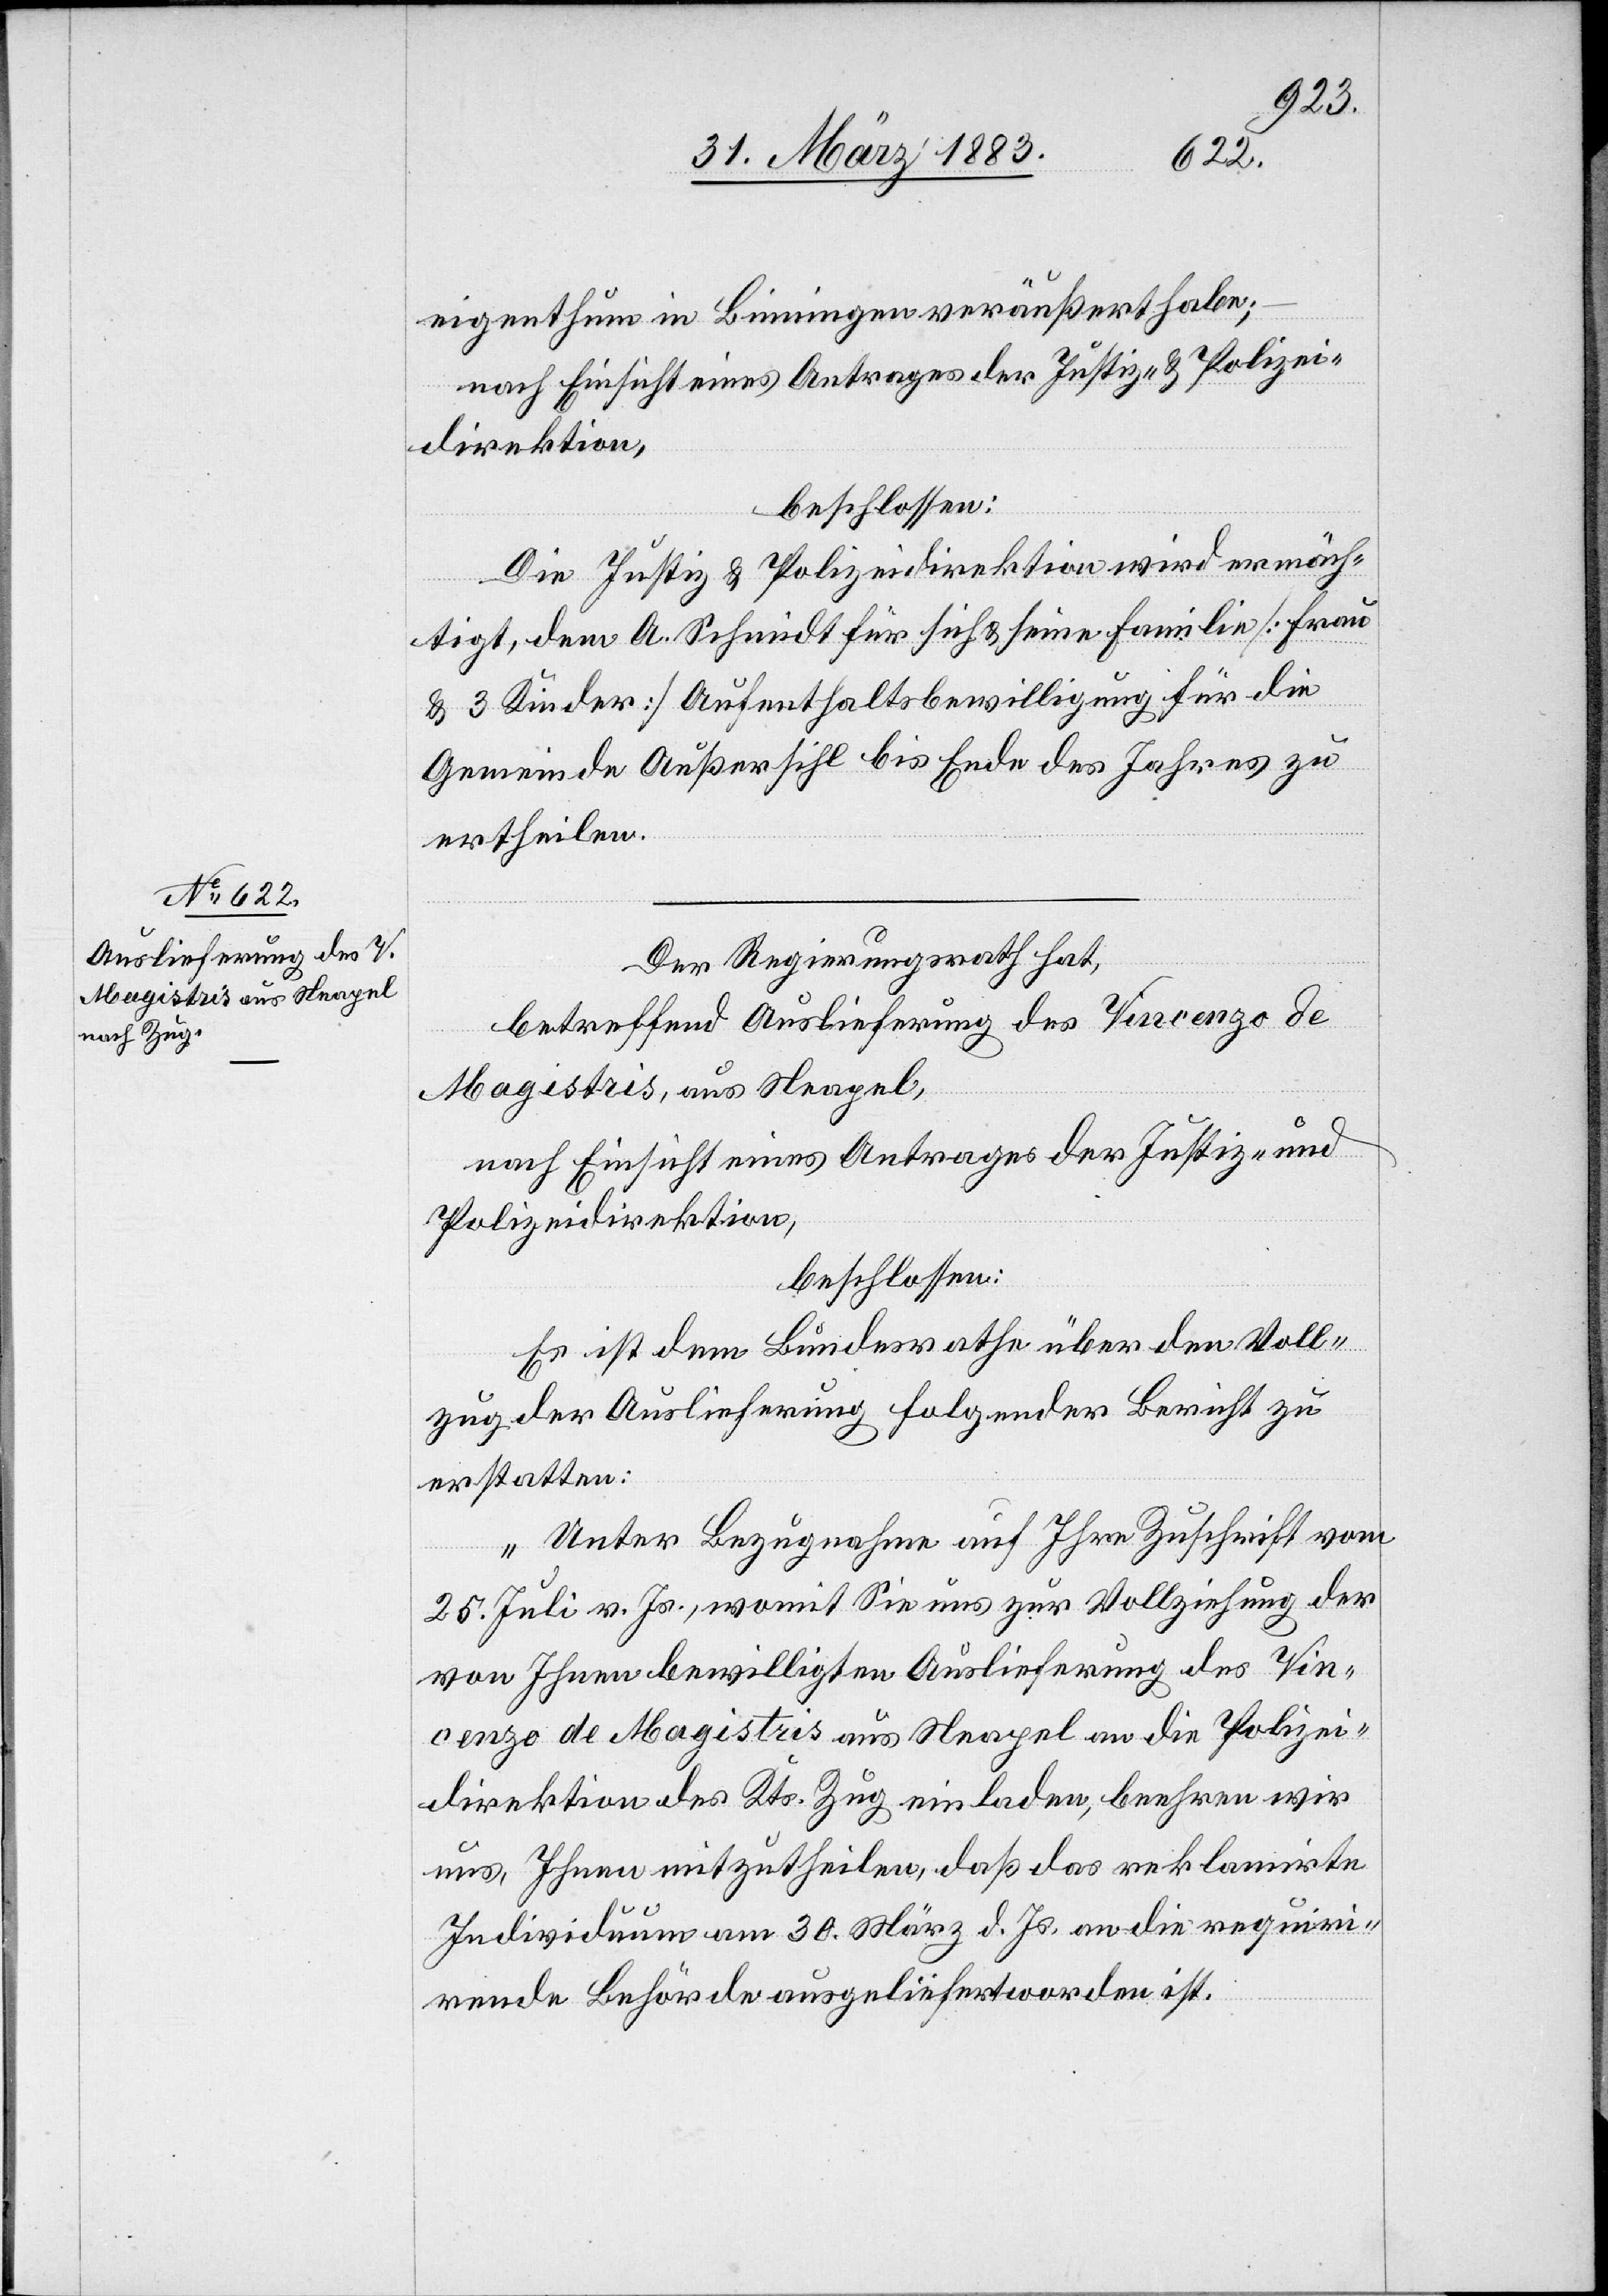
eigenthum in Binningen veräußert habe;
nach Einsicht eines Antrages der Justiz- & Polizei¬
direktion,
beschlossen:
Die Justiz- & Polizeidirektion wird ermäch¬
tigt, dem A. Schmidt für sich & seine Familie [Frau
& 3 Kinder] Aufenthaltsbewilligung für die
Gemeinde Außersihl bis Ende des Jahres zu
ertheilen.
Der Regierungsrath hat,
betreffend Auslieferung des Vincenzo de
Magistris, aus Neapel,
Es ist dem Bundesrathe über den Voll¬
zug der Auslieferung folgender Bericht zu
erstatten:
„Unter Bezugnahme auf Ihre Zuschrift vom
25. Juli v. Js., womit Sie uns zur Vollziehung der
von Ihnen bewilligten Auslieferung des Vin¬
cenzo de Magistris aus Neapel an die Polizei¬
direktion des Kts. Zug einladen, beehren wir
uns, Ihnen mitzutheilen, daß das reklamirte
Individuum am 30. März d. Js. an die requiri¬
rende Behörde ausgeliefert worden ist.